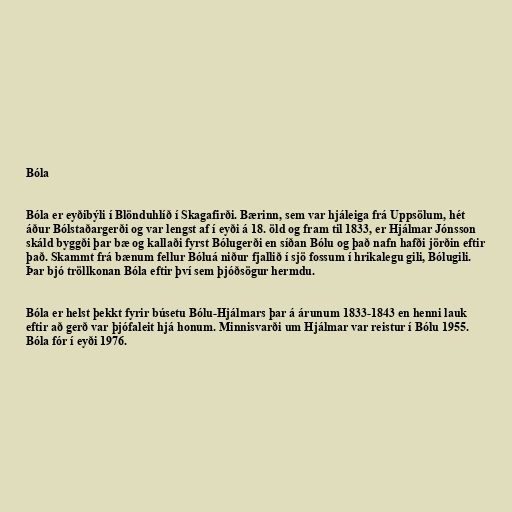
Bóla

Bóla er eyðibýli í Blönduhlíð í Skagafirði. Bærinn, sem var hjáleiga frá Uppsölum, hét
áður Bólstaðargerði og var lengst af í eyði á 18. öld og fram til 1833, er Hjálmar Jónsson
skáld byggði þar bæ og kallaði fyrst Bólugerði en síðan Bólu og það nafn hafði jörðin eftir
það. Skammt frá bænum fellur Bóluá niður fjallið í sjö fossum í hrikalegu gili, Bólugili.
Þar bjó tröllkonan Bóla eftir því sem þjóðsögur hermdu.

Bóla er helst þekkt fyrir búsetu Bólu-Hjálmars þar á árunum 1833-1843 en henni lauk
eftir að gerð var þjófaleit hjá honum. Minnisvarði um Hjálmar var reistur í Bólu 1955.
Bóla fór í eyði 1976.